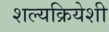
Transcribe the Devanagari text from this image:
शल्यक्रियेशी